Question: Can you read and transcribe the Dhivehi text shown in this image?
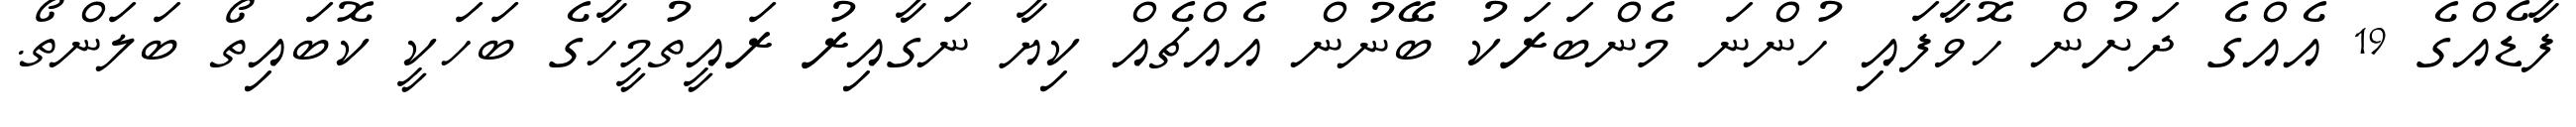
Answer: ފާޑެއްގެ 19 އެއްގެ ދަށުން ހޮވާފައި ހުންނަ މެންބަރަކު ބޭނުން އެއްޗެއް ކިޔާ ނަގާއިރު ރައީތުމީހާގެ ބަހަކީ ކޮބައިތޯ ބަލަންތޯ.